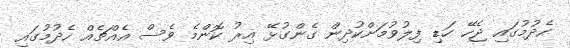
ހެދުމުގައި ޖެހޭ ހަޑި ފިލުވުމަށްކުދިން ގެންގުޅޭ އިރު ކޮންމެ ވެސް އެއްޗެއް ހެދުމުގައި